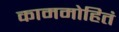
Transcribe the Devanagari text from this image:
काममोहितं